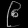
Digit: ၉